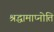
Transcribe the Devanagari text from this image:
श्रद्धामाप्नोति